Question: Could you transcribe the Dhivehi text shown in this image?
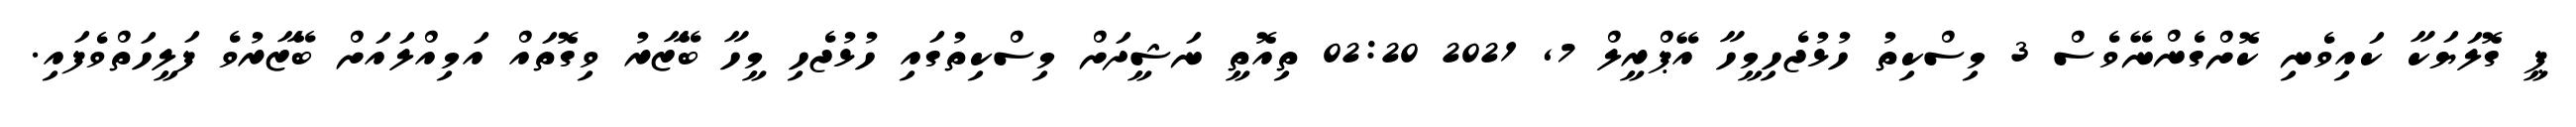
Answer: ޕީ ގޮލަޔަކާ ކައިވެނި ކޮށްގެންނޭވެސް 3 މިސްކިތު ހުޅުޖެހިމީހާ އޭޕްރީލް 7, 2021 02:20 ތިއޮތީ ނަޝީދަށް މިސްކިތުގައި ހުޅުޖެހި މީހާ ބޭޒާރު ވިގޮތައް އަމިއްލައަށް ބޭޒާރުވެ ފަލީހަތްވެފައި.